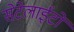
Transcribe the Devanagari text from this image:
सेटेलाईटों